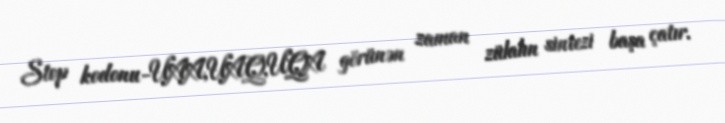
Stop kodonu-UAA,UAQ,UQA görünən zaman zülalın sintezi başa çatır.